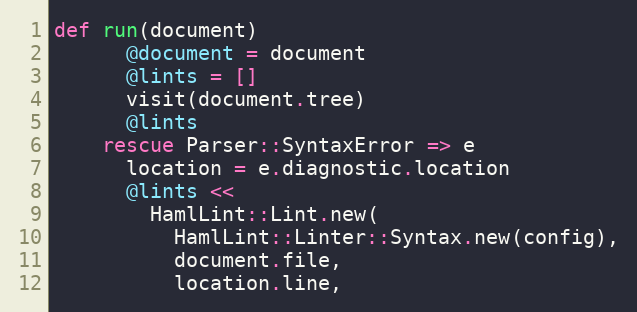
Language: Ruby
def run(document)
      @document = document
      @lints = []
      visit(document.tree)
      @lints
    rescue Parser::SyntaxError => e
      location = e.diagnostic.location
      @lints <<
        HamlLint::Lint.new(
          HamlLint::Linter::Syntax.new(config),
          document.file,
          location.line,